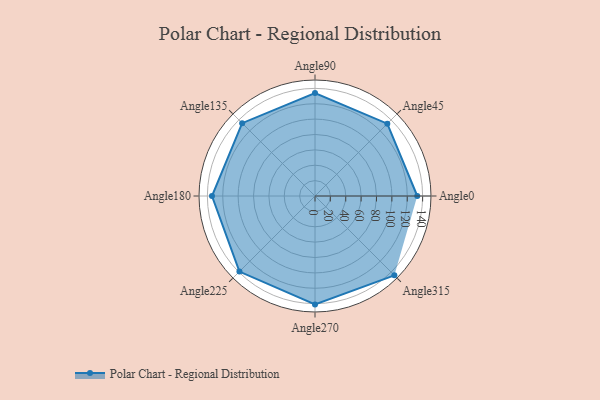
{"axis": {"x": "Angle", "y": "Radius"}, "legend": [""], "data": [{"x": "Angle0", "y": 133.0, "type": ""}, {"x": "Angle45", "y": 133.0, "type": ""}, {"x": "Angle90", "y": 134.0, "type": ""}, {"x": "Angle135", "y": 134.0, "type": ""}, {"x": "Angle180", "y": 134.0, "type": ""}, {"x": "Angle225", "y": 139.0, "type": ""}, {"x": "Angle270", "y": 141.0, "type": ""}, {"x": "Angle315", "y": 146.0, "type": ""}]}